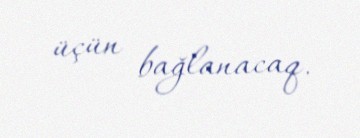
üçün bağlanacaq.